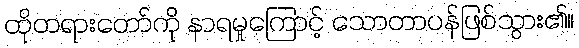
ထိုတရားတော်ကို နာရမှုကြောင့် သောတာပန်ဖြစ်သွား၏။